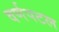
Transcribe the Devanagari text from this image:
वर्णपटल